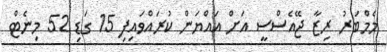
މެމްބަރު ރިޒާ ޖޭއެސްސީ އަށް އައްޔަން ކުރައްވައިފި 15 ގަޑި 52 މިނެޓް